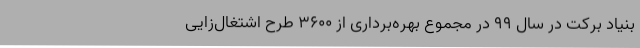
بنیاد برکت در سال 99 در مجموع بهره‌برداری از 3600 طرح اشتغال‌زایی